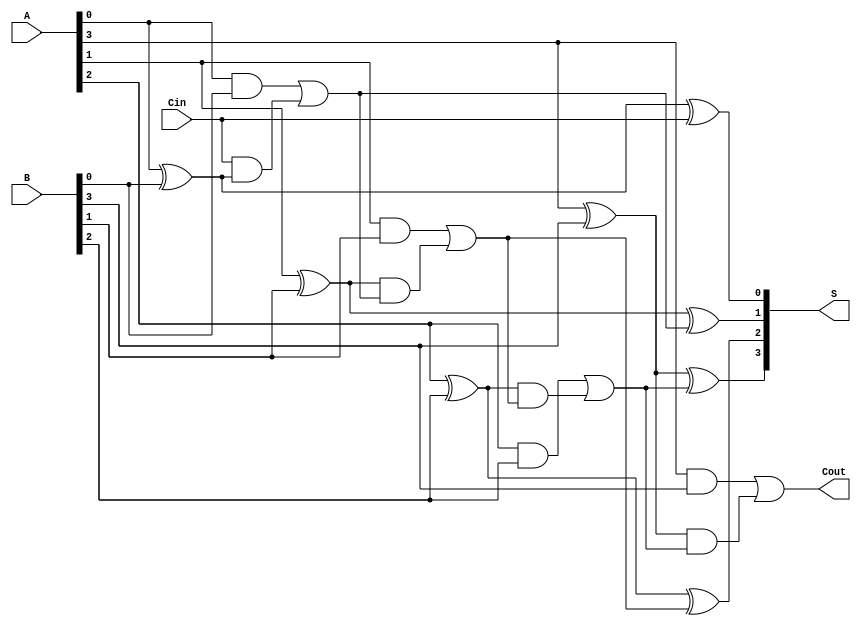
module han_carlson_adder #(parameter N = 4) (
    input  wire [N-1:0] A,      // First n-bit input
    input  wire [N-1:0] B,      // Second n-bit input
    input  wire Cin,             // Carry-in
    output wire [N-1:0] S,       // n-bit sum output
    output wire Cout             // Carry-out
);

    wire [N:0] C; // Carry signals, C[0] is Cin, C[N] is Cout

    // Generate carry signals
    assign C[0] = Cin;

    genvar i;
    generate
        for (i = 0; i < N; i = i + 1) begin : carry_generation
            if (i == 0) begin
                // For the least significant bit (LSB)
                assign C[i + 1] = (A[i] & B[i]) | (C[i] & (A[i] ^ B[i]));
            end else begin
                // For subsequent bits
                assign C[i + 1] = (A[i] & B[i]) | (A[i] ^ B[i]) & C[i];
            end
        end
    endgenerate

    // Generate sum outputs
    generate
        for (i = 0; i < N; i = i + 1) begin : sum_generation
            assign S[i] = A[i] ^ B[i] ^ C[i];
        end
    endgenerate

    // Assign Cout
    assign Cout = C[N];

endmodule